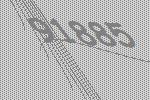
91885